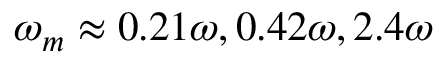
\omega _ { m } \approx 0 . 2 1 \omega , 0 . 4 2 \omega , 2 . 4 \omega